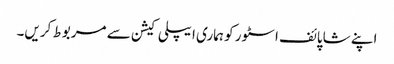
اپنے شاپائف اسٹور کو ہماری ایپلی کیشن سے مربوط کریں۔